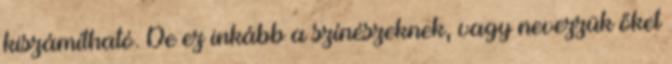
kiszámítható. De ez inkább a színészeknek, vagy nevezzük őket